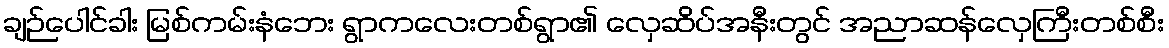
ချဉ်ပေါင်ခါး မြစ်ကမ်းနံဘေး ရွာကလေးတစ်ရွာ၏ လှေဆိပ်အနီးတွင် အညာဆန်လှေကြီးတစ်စီး